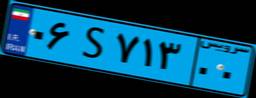
۳۵S۱۸۵۵۵